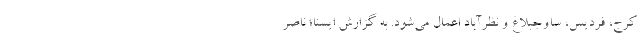
کرج، فردیس، ساوجبلاغ و نظرآباد اعمال می‌شود. به گزارش ایسنا؛ ناصر